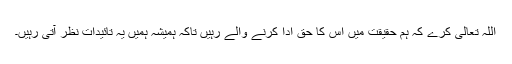
اللہ تعالیٰ کرے کہ ہم حقیقت میں اس کا حق ادا کرنے والے رہیں تاکہ ہمیشہ ہمیں یہ تائیدات نظر آتی رہیں۔